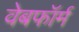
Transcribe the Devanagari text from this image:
वेबफॉर्म